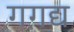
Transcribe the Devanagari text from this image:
गगद्य